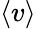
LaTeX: \left\langle v\right\rangle